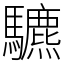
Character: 䮽